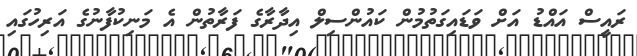
ރައީސް އައްޑު އަށް ވަޑައިގަތުމުން ކައުންސިލް އިދާރާގެ ފަރާތުން އެ މަނިކުފާނުގެ އަރިހުގައި